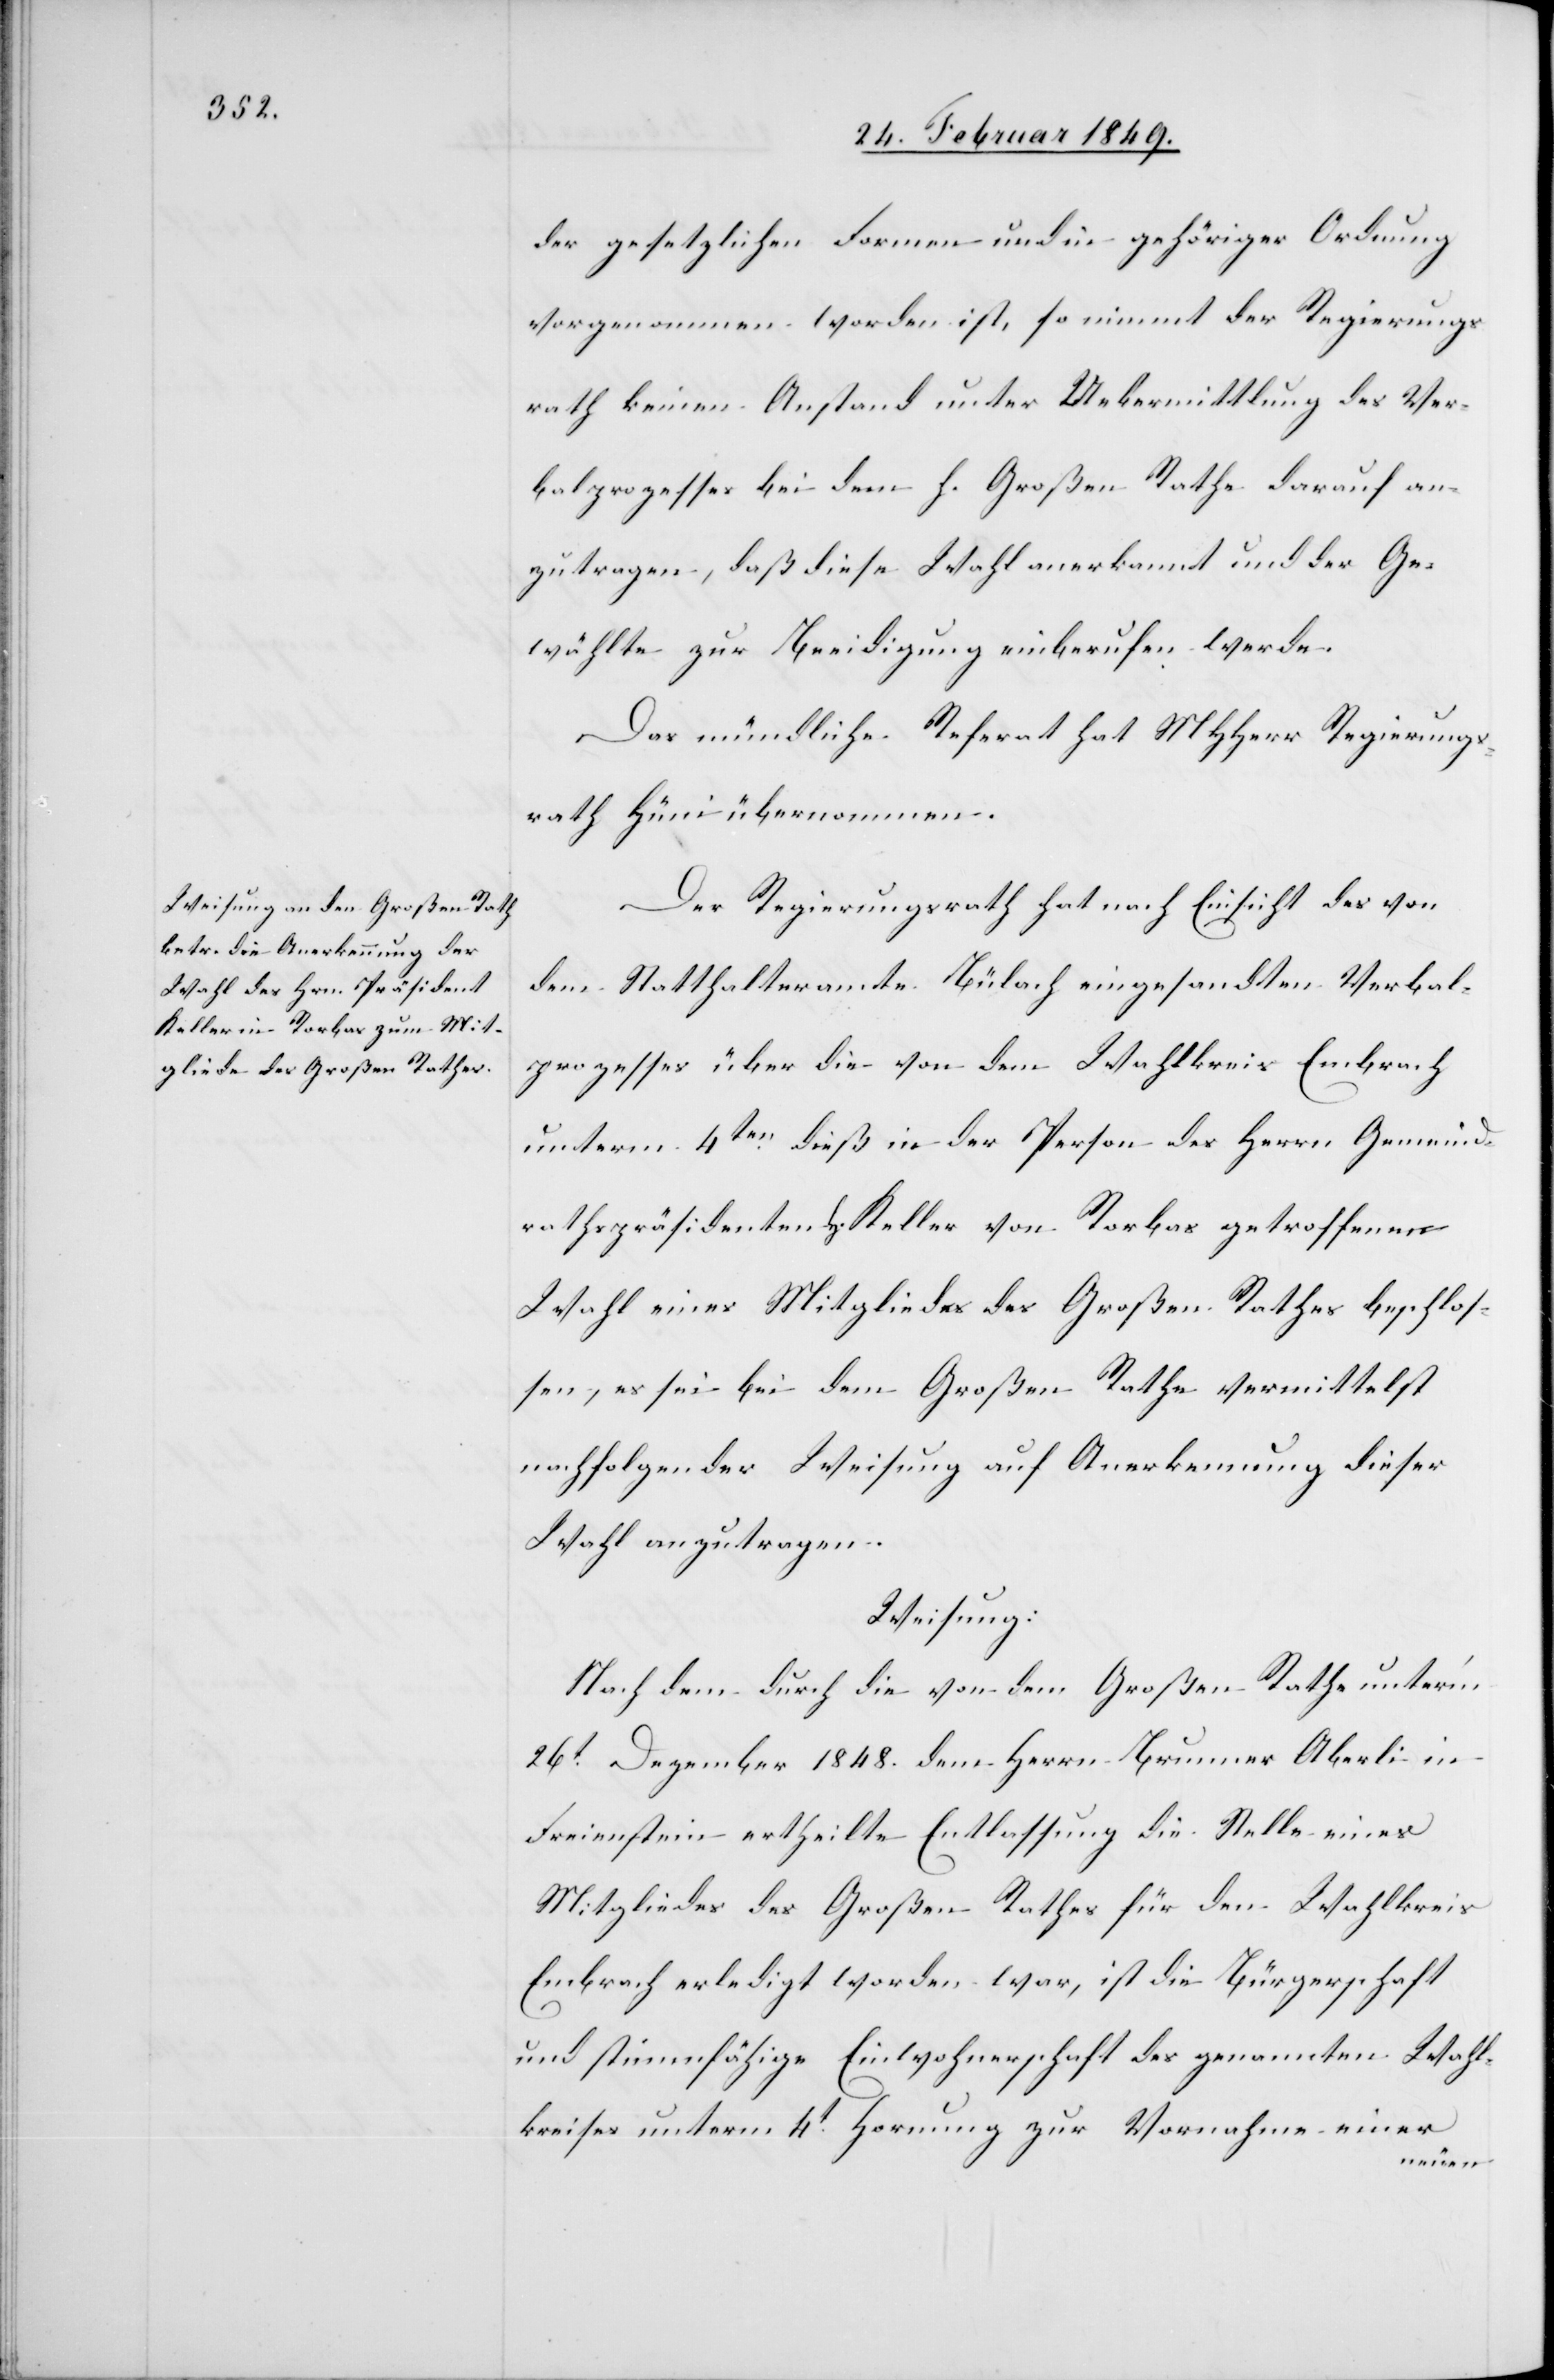
der gesetzlichen Formen und in gehöriger Ordnung
vorgenommen worden ist, so nimmt der Regierungs¬
rath keinen Anstand unter Uebermittlung des Ver¬
balprozesses bei dem h. Großen Rathe darauf an¬
zutragen, daß diese Wahl anerkannt und der Ge¬
wählte zur Beeidigung einberufen werde.
Das mündliche Referat hat MHHerr Regierungs¬
rath Hüni übernommen.
Der Regierungsrath hat nach Einsicht des von
dem Statthalteramte Bülach eingesandten Verbal¬
prozesses über die von dem Wahlkreis Embrach
unterm 4ten. dieß in der Person des Herrn Gemeind¬
rathspräsidenten H. Keller von Rorbas getroffenen
Wahl eines Mitgliedes des Großen Rathes beschlos¬
sen, es sei bei dem Großen Rathe vermittelst
nachfolgender Weisung auf Anerkennung dieser
Wahl anzutragen.
Weisung:
Nach dem durch die von dem Großen Rathe unter’m
26t. Dezember 1848. dem Herrn Brunner Oberli in
Freienstein ertheilte Entlassung die Stelle eines
Mitgliedes des Großen Rathes für den Wahlkreis
Embrach erledigt worden war, ist die Bürgerschaft
und stimmfähige Einwohnerschaft des genannten Wahl¬
kreises unterm 4t. Hornung zur Vornahme einer
neuen